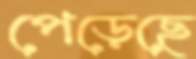
পেড়েছে